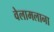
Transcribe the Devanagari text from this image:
वेलामलाना